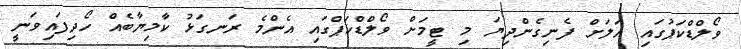
ވޯލްޑްކަޕުގައި އަލަށް ފެނިގެންދިޔަ މި ޓީމަށް ވޯލްޑްކަޕްގައި އެންމެ ރަނގަޅު ކާމިޔާބެއް ހޯދިފައިވަނީ